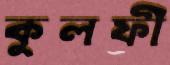
কুলফী